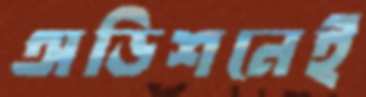
অডিশনেই